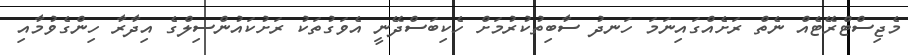
މެޖިސްޓްރޭޓެއް ނެތް ރަށެއްގައިނަމަ ހަނދު ސާބިތުކުރުމަށް ހެކިބަސްދޭނީ އެވަގުތަކު ރަށުކައުންސިލްގެ އިދާރާ ހިންގެވުމާއި